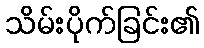
သိမ်းပိုက်ခြင်း၏